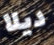
ديلا